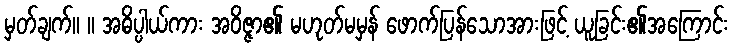
မှတ်ချက်။ ။ အဓိပ္ပါယ်ကား အဝိဇ္ဇာ၏ မဟုတ်မမှန် ဖောက်ပြန်သောအားဖြင့် ယူခြင်း၏အကြောင်း